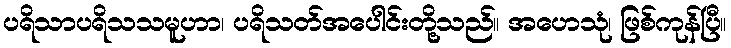
ပရိသာပရိသသမူဟာ၊ ပရိသတ်အပေါင်းတို့သည်။ အဟေသုံ၊ ဖြစ်ကုန်ပြီ။